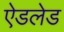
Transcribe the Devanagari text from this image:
ऐडलेड